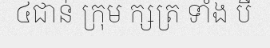
៤ជាន់ ក្រុម ក្សត្រ ទាំង បី